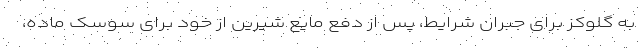
به گلوکز برای جبران شرایط، پس از دفع مایع شیرین از خود برای سوسک ماده،